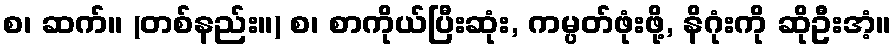
စ၊ ဆက်။ (တစ်နည်း။) စ၊ စာကိုယ်ပြီးဆုံး, ကမ္ပတ်ဖုံးဖို့, နိဂုံးကို ဆိုဦးအံ့။